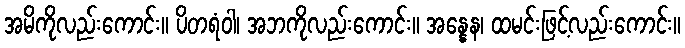
အမိကိုလည်းကောင်း။ ပိတရံဝါ၊ အဘကိုလည်းကောင်း။ အန္နေန၊ ထမင်းဖြင့်လည်းကောင်း။